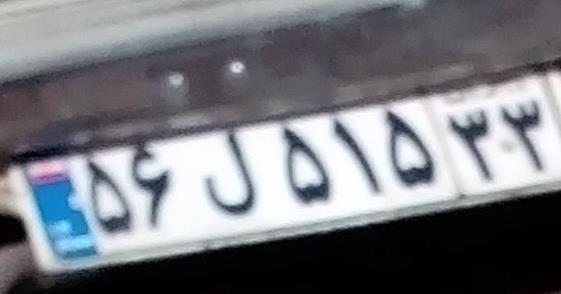
۵۶ل۵۱۵۳۳